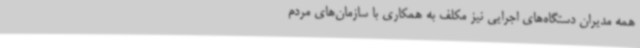
همه مدیران دستگاه‌های اجرایی نیز مکلف به همکاری با سازمان‌های مردم